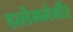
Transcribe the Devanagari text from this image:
हार्लेममेर्मीर